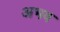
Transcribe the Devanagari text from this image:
अभव